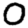
Digit: 0